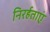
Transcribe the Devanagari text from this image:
निरर्हताएं